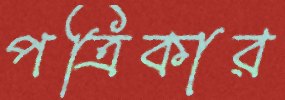
পত্রিকার